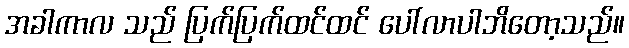
အခါကာလ သည် ပြက်ပြက်ထင်ထင် ပေါ်လာပါဘိတော့သည်။